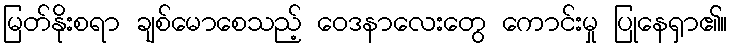
မြတ်နိုးစရာ ချစ်မောစေသည့် ဝေဒနာလေးတွေ ကောင်းမှု ပြုနေရှာ၏။